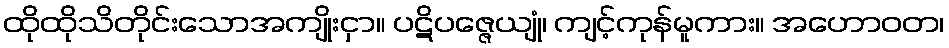
ထိုထိုသိတိုင်းသောအကျိုးငှာ။ ပဋိပဇ္ဇေယျုံ၊ ကျင့်ကုန်မူကား။ အဟောဝတ၊